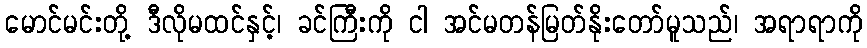
မောင်မင်းတို့ ဒီလိုမထင်နှင့်၊ ခင်ကြီးကို ငါ အင်မတန်မြတ်နိုးတော်မူသည်၊ အရာရာကို